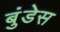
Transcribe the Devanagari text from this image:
बुंडेस